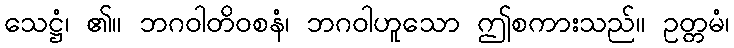
သေဋ္ဌံ၊ ၏။ ဘဂဝါတိဝစနံ၊ ဘဂဝါဟူသော ဤစကားသည်။ ဥတ္တမံ၊